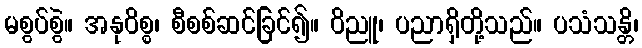
မစွပ်စွဲ။ အနုဝိစ္စ၊ စီစစ်ဆင်ခြင်၍။ ဝိညူ၊ ပညာရှိတို့သည်။ ပသံသန္တိ၊